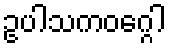
ဥပါသကဝဂ္ဂေါ